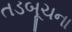
તડબૂચના